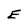
Character: E